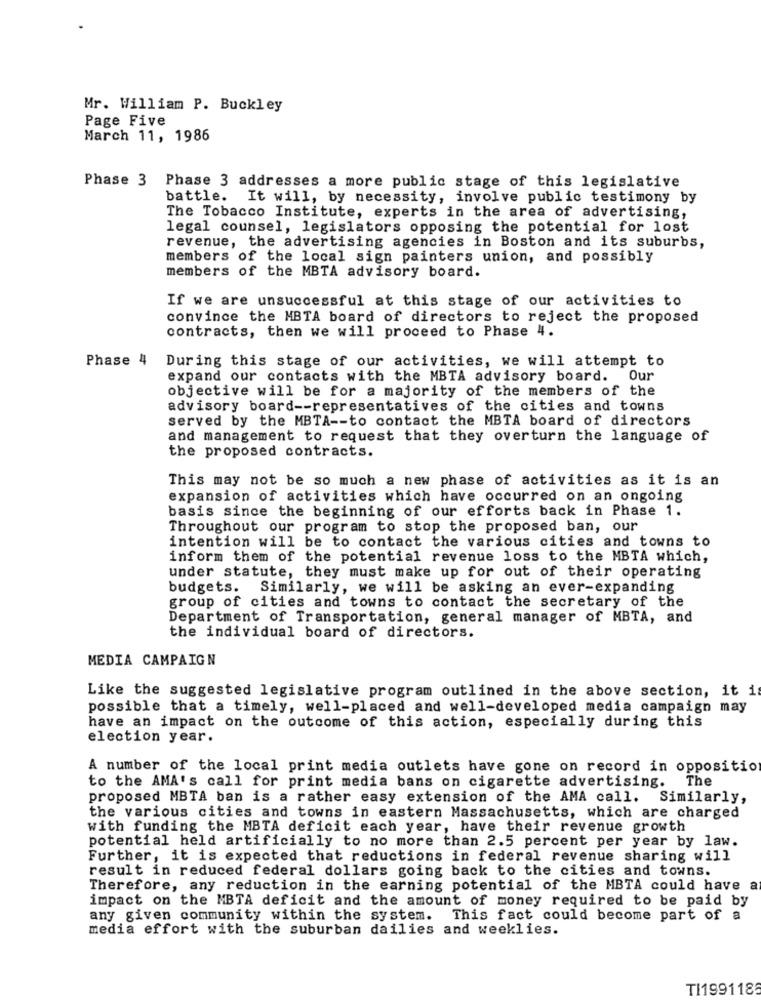
Mr. William P. Buckley
Page Five
March 11, 1986
Phase 3 Phase 3 addresses a more public stage of this legislative
battle.
It will, by necessity, involve public testimony by
The Tobacco Institute, experts in the area of advertising,
legal counsel, legislators opposing the potential for lost
revenue, the advertising agencies in Boston and its suburbs,
members of the local sign painters union, and possibly
members of the MBTA advisory board.
If we are unsuccessful at this stage of our activities to
convince the MBTA board of directors to reject the proposed
contracts, then we will proceed to Phase 4.
Phase 4
During this stage of our activities, we will attempt to
expand our contacts with the MBTA advisory board. Our
objective will be for a majority of the members of the
advisory board -- representatives of the cities and towns
served by the MBTA -- to contact the MBTA board of directors
and management to request that they overturn the language of
the proposed contracts.
This may not be so much a new phase of activities as it is an
expansion of activities which have occurred on an ongoing
basis since the beginning of our efforts back in Phase 1.
Throughout our program to stop the proposed ban, our
intention will be to contact the various cities and towns to
inform them of the potential revenue loss to the MBTA which,
under statute, they must make up for out of their operating
budgets. Similarly, we will be asking an ever-expanding
group of cities and towns to contact the secretary of the
Department of Transportation, general manager of MBTA, and
the individual board of directors.
MEDIA CAMPAIGN
Like the suggested legislative program outlined in the above section, it i
possible that a timely, well-placed and well-developed media campaign may
have an impact on the outcome of this action, especially during this
election year.
A number of the local print media outlets have gone on record in oppositio
to the AMA's call for print media bans on cigarette advertising. The
proposed MBTA ban is a rather easy extension of the AMA call. Similarly,
the various cities and towns in eastern Massachusetts, which are charged
with funding the MBTA deficit each year, have their revenue growth
potential held artificially to no more than 2.5 percent per year by law.
Further, it is expected that reductions in federal revenue sharing will
result in reduced federal dollars going back to the cities and towns.
Therefore, any reduction in the earning potential of the MBTA could have a
impact on the MBTA deficit and the amount of money required to be paid by
any given community within the system. This fact could become part of a
media effort with the suburban dailies and weeklies.
TI1991188